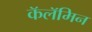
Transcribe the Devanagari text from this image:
कॅलॅमिन